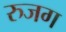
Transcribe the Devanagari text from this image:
रुजग